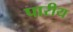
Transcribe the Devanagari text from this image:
पारीय